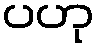
ပဟု